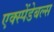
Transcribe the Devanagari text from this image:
एक्स्पेंडेबल्स